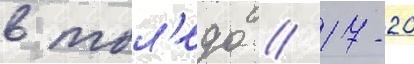
в тол'едо // 17-20